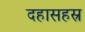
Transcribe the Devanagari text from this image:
दहासहस्र